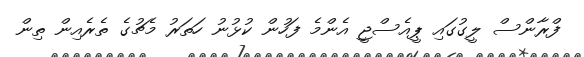
ފްރާންސް ލީގުގައި ޕީއެސްޖީ އެންމެ ފަހުން ކުޅުނު ހަތަރު މެޗުގެ ތެރެއިން ތިން